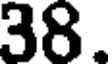
38.